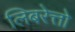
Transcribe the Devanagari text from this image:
लिबरेत्तो